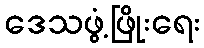
ဒေသဖွံ့ဖြိုးရေး